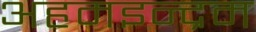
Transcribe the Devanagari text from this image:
अहमइन्द्रम